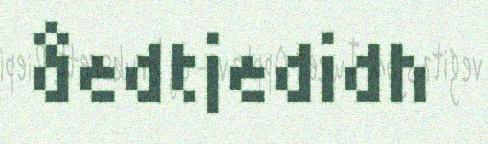
åedtjedidh